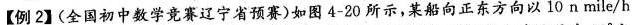
【例2】(全国初中数学竞赛辽宁省预赛)如图4-20所示，某船向正东方向以10n mile/h